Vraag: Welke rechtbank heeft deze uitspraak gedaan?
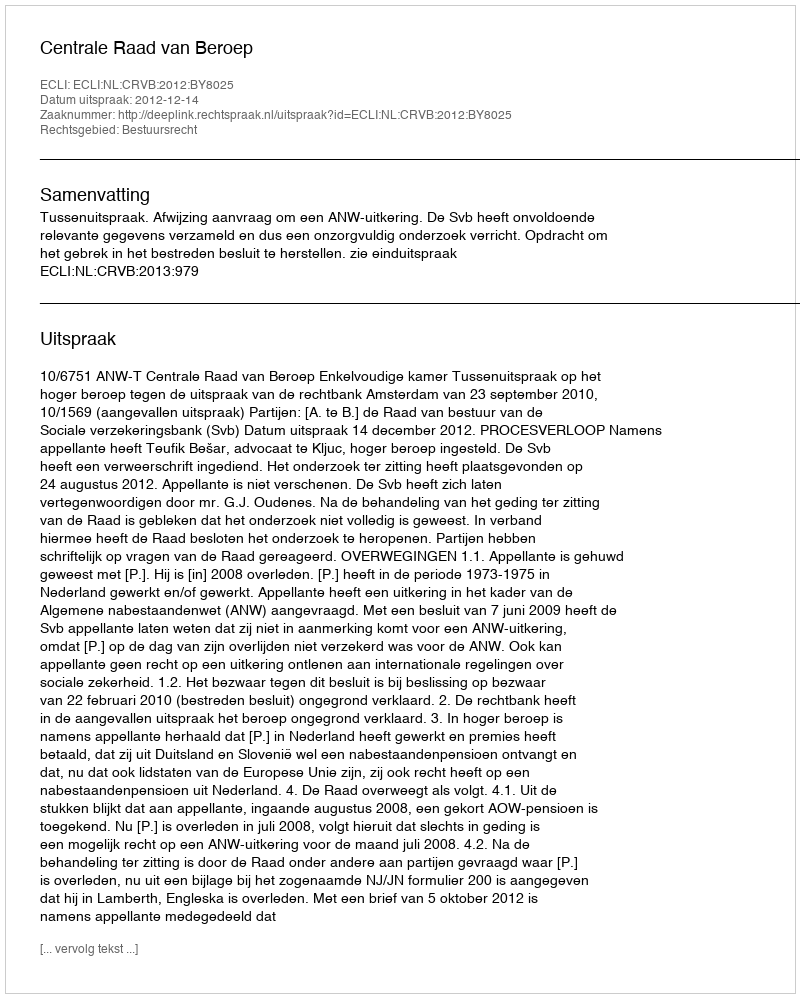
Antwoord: Centrale Raad van Beroep